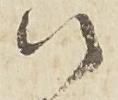
候